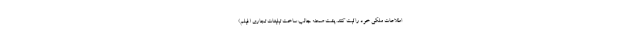
اطلاعات ملکی خود را ثبت کنند. پشت صحنه جالب ساخت تبلیغات تجاری (فیلم)